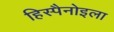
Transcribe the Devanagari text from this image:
हिस्पैनोइला